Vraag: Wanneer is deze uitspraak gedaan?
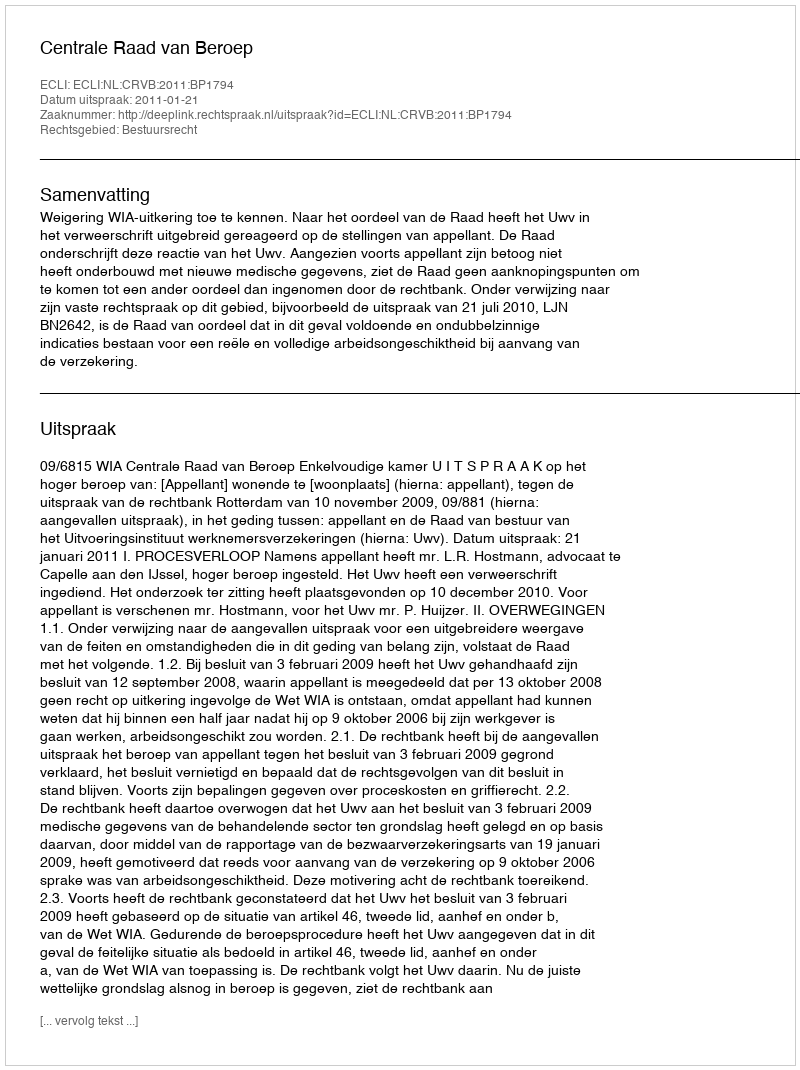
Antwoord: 2011-01-21